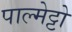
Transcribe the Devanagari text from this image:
पाल्मेट्टो